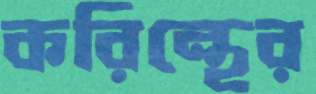
করিন্থের